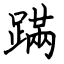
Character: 蹣